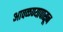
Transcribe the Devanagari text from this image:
आवळण्यापासून